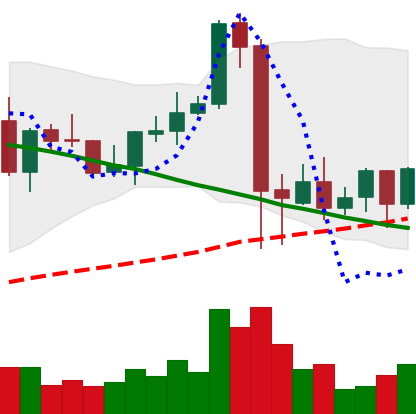
Ticker: NEO-USD
Chart end date: 2021-09-14
Forward return: -7.097%
Label: down_7plus